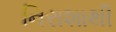
નિરાશાથી